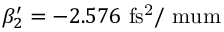
\beta _ { 2 } ^ { \prime } = - 2 . 5 7 6 ~ \mathrm { f s ^ { 2 } / \ m u m }